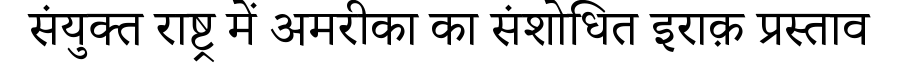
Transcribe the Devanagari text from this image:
संयुक्त राष्ट्र में अमरीका का संशोधित इराक़ प्रस्ताव